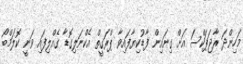
މަހިންދަ ރާޖަޕަކްސަ އަށް ގިނައިން ފާޑުކިޔާފައިވާ ޕްރަގީތް އެކްނަލިގޮޑާ ގެއްލިފައި ވަނީ ކޮލަމްބޯ